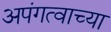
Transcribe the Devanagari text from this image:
अपंगत्वाच्या